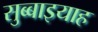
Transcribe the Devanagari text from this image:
सुब्बाइयाह